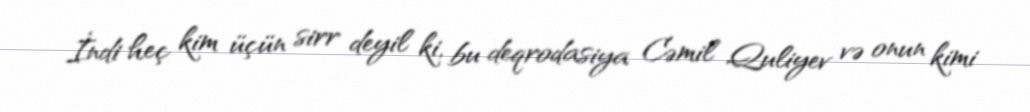
İndi heç kim üçün sirr deyil ki, bu deqrodasiya Cəmil Quliyev və onun kimi